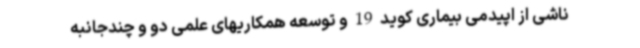
ناشی از اپیدمی بیماری کوید 19 و توسعه همکاریهای علمی دو و چندجانبه